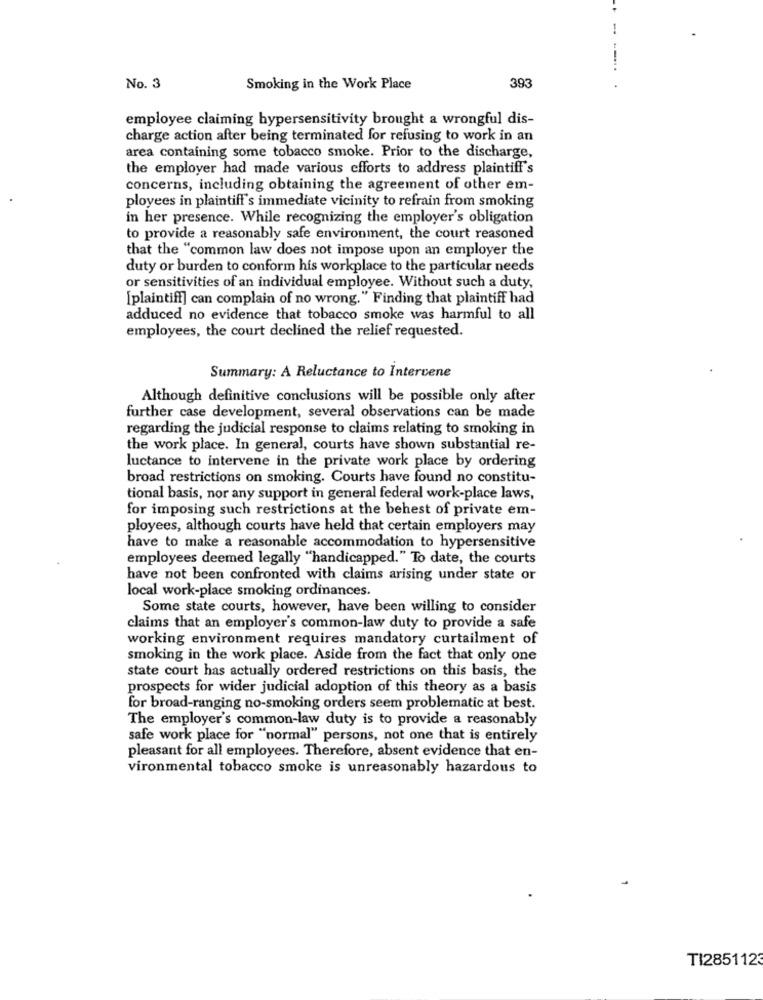
No. 3
Smoking in the Work Place
393
employee claiming hypersensitivity brought a wrongful dis-
charge action after being terminated for refusing to work in an
area containing some tobacco smoke. Prior to the discharge,
the employer had made various efforts to address plaintiff's
concerns, including obtaining the agreement of other em-
ployees in plaintiff's immediate vicinity to refrain from smoking
in her presence. While recognizing the employer's obligation
to provide a reasonably safe environment, the court reasoned
that the "common law does not impose upon an employer the
duty or burden to conform his workplace to the particular needs
or sensitivities of an individual employee. Without such a duty,
[plaintiff] can complain of no wrong." Finding that plaintiff had
adduced no evidence that tobacco smoke was harmful to all
employees, the court declined the relief requested.
Summary: A Reluctance to Intervene
Although definitive conclusions will be possible only after
further case development, several observations can be made
regarding the judicial response to claims relating to smoking in
the work place. In general, courts have shown substantial re-
luctance to intervene in the private work place by ordering
broad restrictions on smoking. Courts have found no constitu-
tional basis, nor any support in general federal work-place laws,
for imposing such restrictions at the behest of private em-
ployees, although courts have held that certain employers may
have to make a reasonable accommodation to hypersensitive
employees deemed legally "handicapped." To date, the courts
have not been confronted with claims arising under state or
local work-place smoking ordinances.
Some state courts, however, have been willing to consider
claims that an employer's common-law duty to provide a safe
working environment requires mandatory curtailment of
smoking in the work place. Aside from the fact that only one
state court has actually ordered restrictions on this basis, the
prospects for wider judicial adoption of this theory as a basis
for broad-ranging no-smoking orders seem problematic at best.
The employer's common-law duty is to provide a reasonably
safe work place for "normal" persons, not one that is entirely
pleasant for all employees. Therefore, absent evidence that en-
vironmental tobacco smoke is unreasonably hazardous to
TI2851123